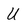
Character: U